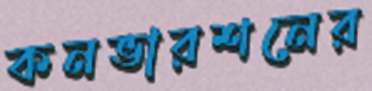
কনভারশনের